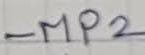
Text: MP2